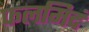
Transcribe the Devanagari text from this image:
फलमिदं